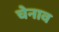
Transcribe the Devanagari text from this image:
चेनाव